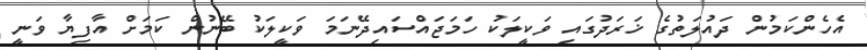
އެހެންކަމުން ދައުލަތުގެ ޚަރަދުގައި ވަކީލަކު ހަމަޖައްސައިދޭނަމަ ވަކީލަކު ބޭނުން ކަމަށް އާފިޔާ ވަނީ